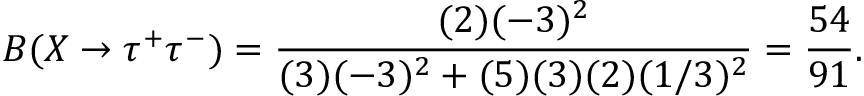
B ( X \rightarrow \tau ^ { + } \tau ^ { - } ) = { \frac { ( 2 ) ( - 3 ) ^ { 2 } } { ( 3 ) ( - 3 ) ^ { 2 } + ( 5 ) ( 3 ) ( 2 ) ( 1 / 3 ) ^ { 2 } } } = { \frac { 5 4 } { 9 1 } } .